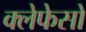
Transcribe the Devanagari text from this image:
क्लेफेसों